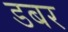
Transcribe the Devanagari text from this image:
डबर